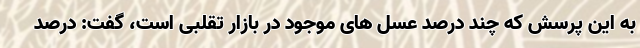
به این پرسش که چند درصد عسل های موجود در بازار تقلبی است، گفت: درصد